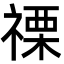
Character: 𮂌